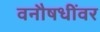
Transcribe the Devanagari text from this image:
वनौषधींवर